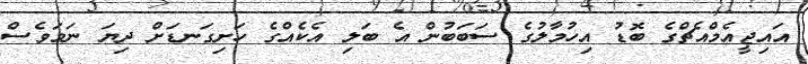
އައިޖީއެމްއެޗްގެ ބޮޑު އިހުމާލުގެ ސަބަބުން އެ ބަލި އެކެއްގެ ހަށިގަނޑަށް ދިޔަ ނަމަވެސް